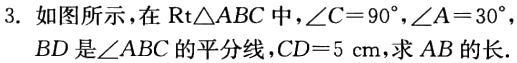
3. 如图所示，在$\text{Rt}\triangle ABC$中，$\angle C = 90^{\circ}$，$\angle A = 30^{\circ}$，$BD$是$\angle ABC$的平分线，$CD = 5\mathrm{cm}$，求$AB$的长.